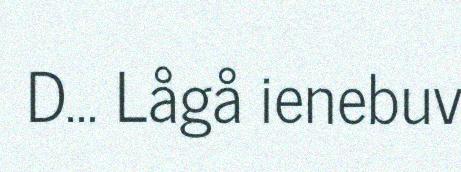
D... Lågå ienebuv